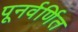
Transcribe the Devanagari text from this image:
पूनर्वर्णित